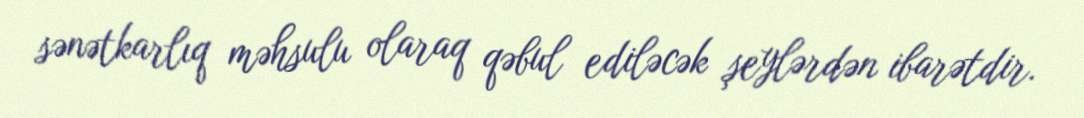
sənətkarlıq məhsulu olaraq qəbul ediləcək şeylərdən ibarətdir.